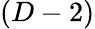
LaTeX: (D-2)